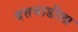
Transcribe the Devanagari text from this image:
दत्तवाडीला